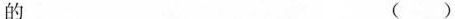
的 ( )